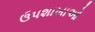
ઉપશાખાઓ